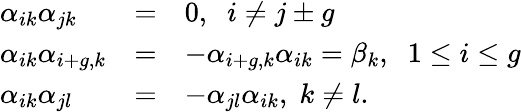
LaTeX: \begin{array}{lll}{{\alpha_{ik}\alpha_{jk}}}&{{=}}&{{0,\; \; i\neq j\pm g}}\\ {{\alpha_{ik}\alpha_{i+g,k}}}&{{=}}&{{-\alpha_{i+g,k}\alpha_{ik}=\beta_{k},\; \; 1\leq i\leq g}}\\ {{\alpha_{ik}\alpha_{jl}}}&{{=}}&{{-\alpha_{jl}\alpha_{ik},\; k\neq l.}}\end{array}